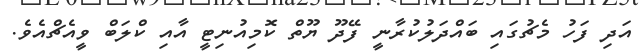
އަދި ފަހު މެޗުގައި ބައްދަލުކުރާނީ ފޭދޫ ޔޫތް ކޮމިއުނިޓީ އާއި ކްލަބް ވީއެޗްއެވެ.